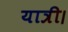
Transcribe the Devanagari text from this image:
यात्री।